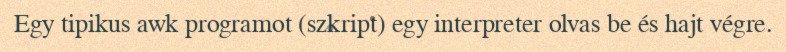
Egy tipikus awk programot (szkript) egy interpreter olvas be és hajt végre.